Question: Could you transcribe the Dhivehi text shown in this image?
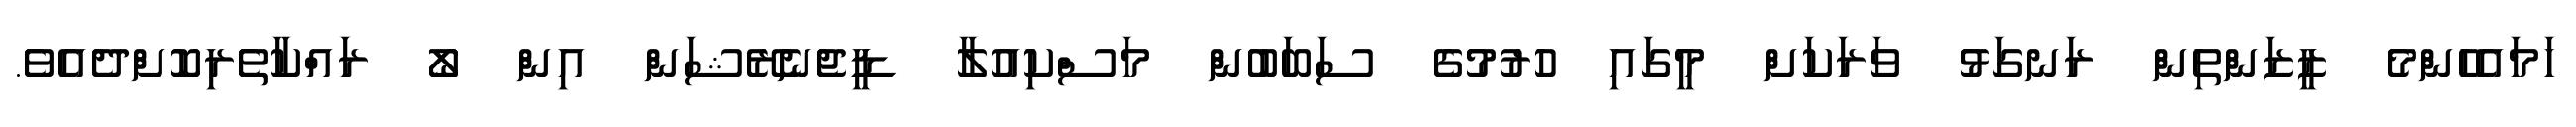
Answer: ހަމައެހެންމެ ޒީޒަންތިން ރަނގަޅު ވަރަކަށް މީގައި ހުރުމުގެ ސަބަބުން މަސްކިއުލާ ޑީޖެނެރޭޝަން އިން ލޯ ރައްކާތެރިކޮށްދެއެވެ.